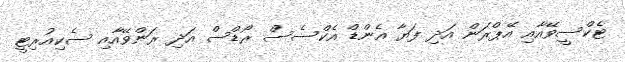
ޓެކްސީވޭއާއި އޭޕްރަން އަދި ފަޔާ އެންޑް އެކްސެސް ރޯޑްސް އަދި ރަންވޭއާއި ސެކިއުރިޓީ